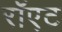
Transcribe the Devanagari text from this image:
रॉएट